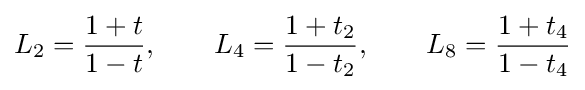
L_{2}={\frac {1+t}{1-t}},\qquad L_{4}={\frac {1+t_{2}}{1-t_{2}}},\qquad L_{8}={\frac {1+t_{4}}{1-t_{4}}}